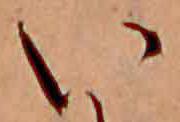
い